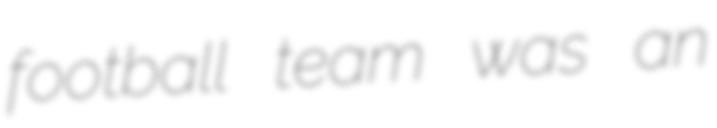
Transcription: football team was an